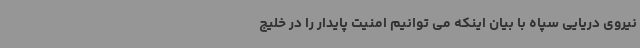
نیروی دریایی سپاه با بیان اینکه می توانیم امنیت پایدار را در خلیج